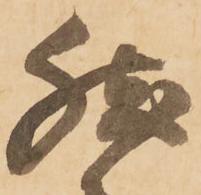
然